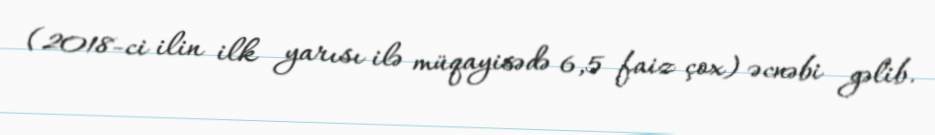
(2018-ci ilin ilk yarısı ilə müqayisədə 6,5 faiz çox) əcnəbi gəlib.